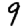
Digit: 9